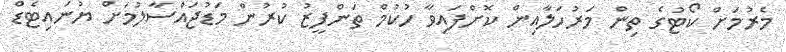
މެރުމަށް ކޯޓުގެ ތިން މަރުހަލާއިން ކޮށްފައިވާ ހުކުމް ތަންފީޒު ކުރުން މަޑުޖައްސާލުމަށް ޔުނައިޓެޑް